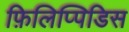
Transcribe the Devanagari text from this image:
फ़िलिप्पिडिस